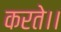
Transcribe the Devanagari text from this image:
करते।।